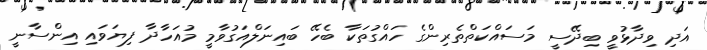
އަދި ވިދާޅުވީ ބިދޭސީ މަސައްކަތްތެރިންގެ ހައްގުތަކާ ބެހޭ ބައިނަލްއަގުވާމީ މުއަހާދާ ފިޔަވައި އިންސާނީ